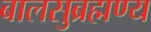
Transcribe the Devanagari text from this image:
बालसुब्रह्मण्य